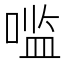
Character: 𰈓